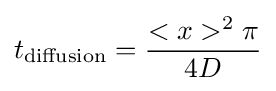
t_{\text{diffusion}}={\frac {<x>^{2}\pi }{4D}}